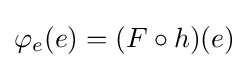
\varphi _{e}(e)=(F\circ h)(e)